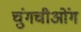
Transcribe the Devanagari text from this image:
चुंगचीओंग